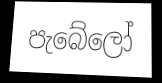
පැබේලෝ